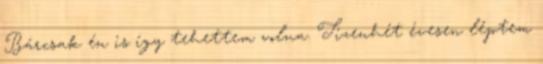
Bárcsak én is így tehettem volna. Tizenhét évesen léptem